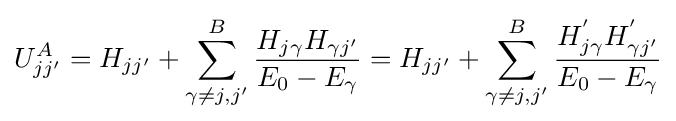
U_{jj'}^{A}=H_{jj'}+\sum _{\gamma \neq j,j'}^{B}{\frac {H_{j\gamma }H_{\gamma j'}}{E_{0}-E_{\gamma }}}=H_{jj'}+\sum _{\gamma \neq j,j'}^{B}{\frac {H_{j\gamma }^{'}H_{\gamma j'}^{'}}{E_{0}-E_{\gamma }}}